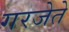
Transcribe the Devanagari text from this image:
गरजेते